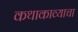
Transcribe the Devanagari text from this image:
कथाकाव्याचा